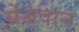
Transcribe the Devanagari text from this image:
सेजवान